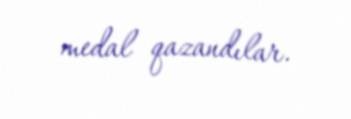
medal qazandılar.